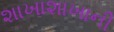
શાખાશાખાની